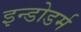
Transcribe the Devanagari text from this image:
इन्डोडर्म